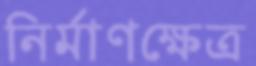
নির্মাণক্ষেত্র